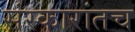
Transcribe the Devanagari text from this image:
संस्कारांतच